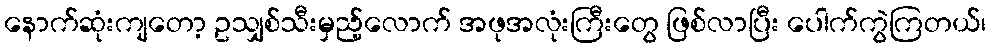
နောက်ဆုံးကျတော့ ဥသျှစ်သီးမှည့်လောက် အဖုအလုံးကြီးတွေ ဖြစ်လာပြီး ပေါက်ကွဲကြတယ်၊